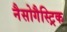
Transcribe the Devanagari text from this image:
नैसोगैस्ट्रिक